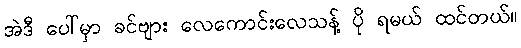
အဲဒီ ပေါ်မှာ ခင်ဗျား လေကောင်းလေသန့် ပို ရမယ် ထင်တယ်။